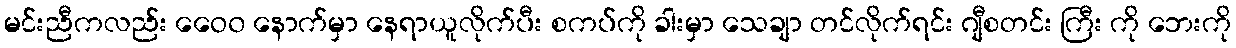
မင်းညီကလည်း ဝေေ၀ နောက်မှာ နေရာယူလိုက်ပီး စကပ်ကို ခါးမှာ သေချာ တင်လိုက်ရင်း ဂျီစတင်း ကြီး ကို ဘေးကို